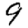
Digit: 9